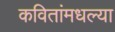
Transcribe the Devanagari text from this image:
कवितांमधल्या